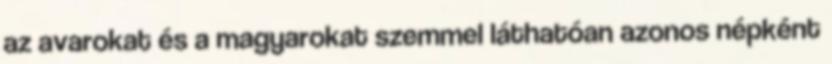
az avarokat és a magyarokat szemmel láthatóan azonos népként